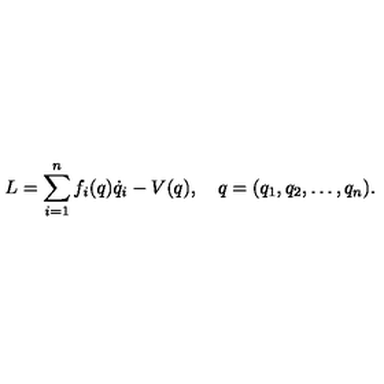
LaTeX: L = \sum _ { i = 1 } ^ { n } f _ { i } ( q ) \dot { q } _ { i } - V ( q ) , \quad q = ( q _ { 1 } , q _ { 2 } , \ldots , q _ { n } ) { . }